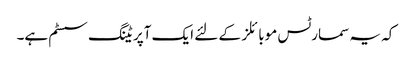
کہ یہ سمارٹس موبائلز کے لئے ایک آپریٹنگ سسٹم ہے۔